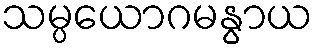
သမ္ပယောဂမနွာယ